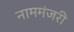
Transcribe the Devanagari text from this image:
नाममंजरी